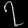
Digit: ၇